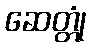
ဆေတ္တုံ